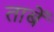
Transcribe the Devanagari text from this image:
ताबें